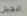
انجيل